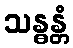
သန္ဓန္တံ